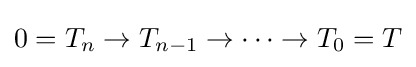
0=T_{n}\to T_{n-1}\to \cdots \to T_{0}=T